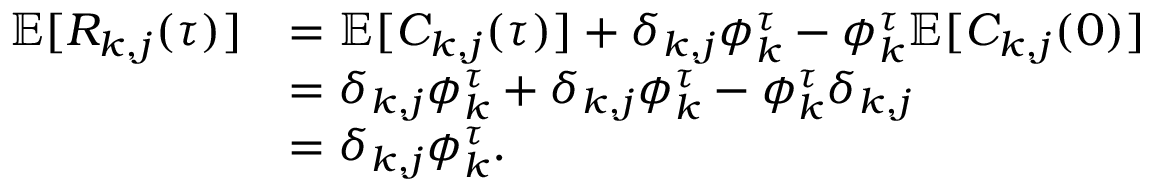
\begin{array} { r l } { \mathbb { E } [ R _ { k , j } ( \tau ) ] } & { = \mathbb { E } [ C _ { k , j } ( \tau ) ] + \delta _ { k , j } \phi _ { k } ^ { \tau } - \phi _ { k } ^ { \tau } \mathbb { E } [ C _ { k , j } ( 0 ) ] } \\ & { = \delta _ { k , j } \phi _ { k } ^ { \tau } + \delta _ { k , j } \phi _ { k } ^ { \tau } - \phi _ { k } ^ { \tau } \delta _ { k , j } } \\ & { = \delta _ { k , j } \phi _ { k } ^ { \tau } . } \end{array}